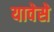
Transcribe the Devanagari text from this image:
यावेसे